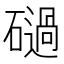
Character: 𥖤